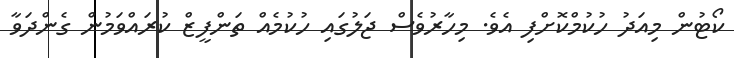
ކޯޓުން މިއަދު ހުކުމްކޮށްފި އެވެ. މިހާރުވެސް ޖަލުގައި ހުކުމެއް ތަންފީޒް ކުރައްވަމުން ގެންދަވާ